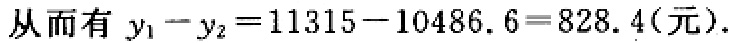
从而有 \(y_{1}-y_{2}=11315 - 10486.6 = 828.4(\text{元})\).